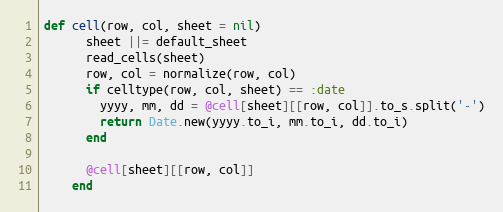
Language: Ruby
def cell(row, col, sheet = nil)
      sheet ||= default_sheet
      read_cells(sheet)
      row, col = normalize(row, col)
      if celltype(row, col, sheet) == :date
        yyyy, mm, dd = @cell[sheet][[row, col]].to_s.split('-')
        return Date.new(yyyy.to_i, mm.to_i, dd.to_i)
      end

      @cell[sheet][[row, col]]
    end